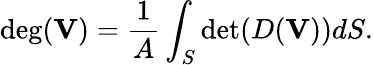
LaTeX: \textrm{deg}(\mathbf{V})=\frac{1}{A}\int_{S}\textrm{det}(D(\mathbf{V}))dS.